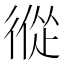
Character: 𢕇